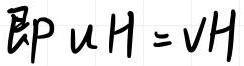
即 \(uH = vH\)